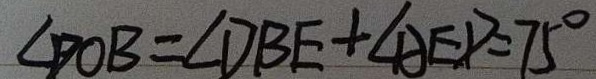
\angle D O B = \angle D B E + \angle A E D = 7 5 ^ { \circ }